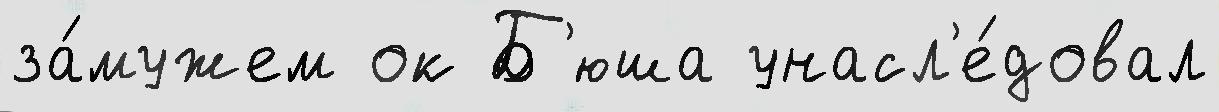
за́мужем ок Б'юша унасл'е́довал